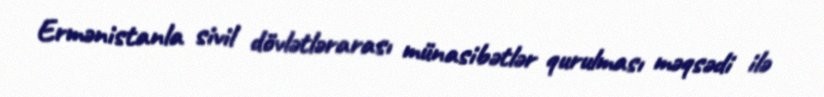
Ermənistanla sivil dövlətlərarası münasibətlər qurulması məqsədi ilə